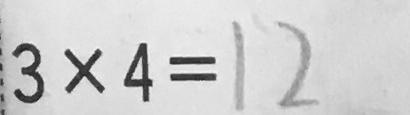
3 \times 4 = 1 2